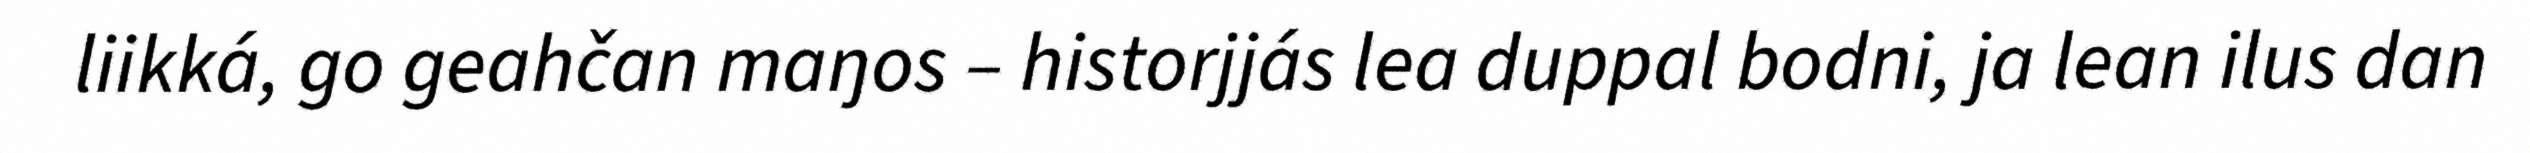
liikká, go geahčan maŋos – historjjás lea duppal bodni, ja lean ilus dan